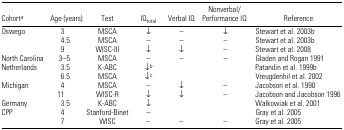
<table><thead><tr><td><b>Cohorta</b></td><td><b>Age (years)</b></td><td><b>Test</b></td><td><b>IQ<sub>total</sub></b></td><td><b>Verbal IQ</b></td><td><b>Nonverbal/ Performance IQ</b></td><td><b>Reference</b></td></tr></thead><tbody><tr><td>Oswego</td><td>3</td><td>MSCA</td><td>↓</td><td>–</td><td>↓</td><td>Stewart et al. 2003b</td></tr><tr><td>[EMPTY_CELL]</td><td>4.5</td><td>MSCA</td><td>–</td><td>–</td><td>–</td><td>Stewart et al. 2003b</td></tr><tr><td>[EMPTY_CELL]</td><td>9</td><td>WISC-III</td><td>↓</td><td>↓</td><td>–</td><td>Stewart et al. 2008</td></tr><tr><td>North Carolina</td><td>3–5</td><td>MSCA</td><td>–</td><td>–</td><td>–</td><td>Gladen and Rogan 1991</td></tr><tr><td>Netherlands</td><td>3.5</td><td>K-ABC</td><td>↓b</td><td>[EMPTY_CELL]</td><td>[EMPTY_CELL]</td><td>Patandin et al. 1999b</td></tr><tr><td>[EMPTY_CELL]</td><td>6.5</td><td>MSCA</td><td>↓c</td><td>[EMPTY_CELL]</td><td>[EMPTY_CELL]</td><td>Vreugdenhil et al. 2002</td></tr><tr><td>Michigan</td><td>4</td><td>MSCA</td><td>–</td><td>↓</td><td>–</td><td>Jacobson et al. 1990</td></tr><tr><td>[EMPTY_CELL]</td><td>11</td><td>WISC-R</td><td>↓</td><td>↓</td><td>–</td><td>Jacobson and Jacobson 1996</td></tr><tr><td>Germany</td><td>3.5</td><td>K-ABC</td><td>↓</td><td>[EMPTY_CELL]</td><td>[EMPTY_CELL]</td><td>Walkowiak et al. 2001</td></tr><tr><td>CPP</td><td>4</td><td>Stanford-Binet</td><td>–</td><td>[EMPTY_CELL]</td><td>[EMPTY_CELL]</td><td>Gray et al. 2005</td></tr><tr><td>[EMPTY_CELL]</td><td>7</td><td>WISC</td><td>–</td><td>–</td><td>–</td><td>Gray et al. 2005</td></tr></tbody></table>